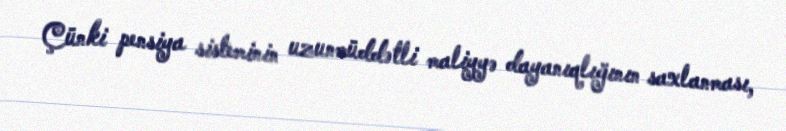
Çünki pensiya sisteminin uzunmüddətli maliyyə dayanıqlığının saxlanması,